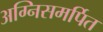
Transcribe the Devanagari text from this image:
अग्निसमर्पित